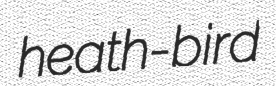
heath-bird